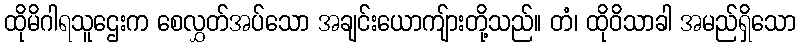
ထိုမိဂါရသူဌေးက စေလွှတ်အပ်သော အချင်းယောကျ်ားတို့သည်။ တံ၊ ထိုဝိသာခါ အမည်ရှိသော